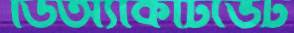
ডিঅ্যাকটিভেট